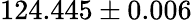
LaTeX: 124.445\pm 0.006